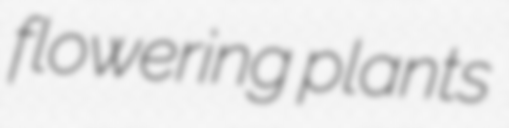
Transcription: flowering plants